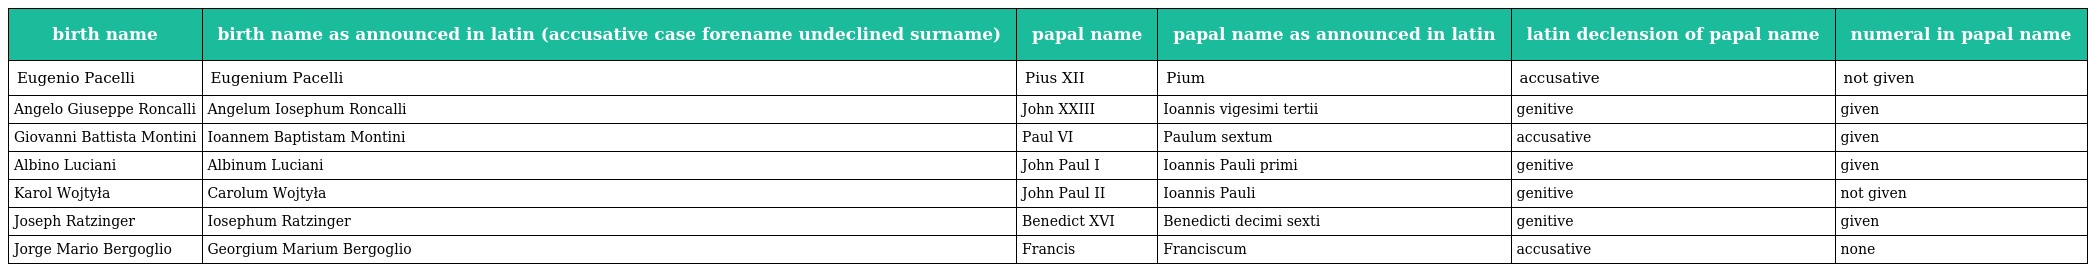
| birth name | birth name as announced in latin (accusative case forename undeclined surname) | papal name | papal name as announced in latin | latin declension of papal name | numeral in papal name |
 | --- | --- | --- | --- | --- | --- |
 | Eugenio Pacelli | Eugenium Pacelli | Pius XII | Pium | accusative | not given |
 | Angelo Giuseppe Roncalli | Angelum Iosephum Roncalli | John XXIII | Ioannis vigesimi tertii | genitive | given |
 | Giovanni Battista Montini | Ioannem Baptistam Montini | Paul VI | Paulum sextum | accusative | given |
 | Albino Luciani | Albinum Luciani | John Paul I | Ioannis Pauli primi | genitive | given |
 | Karol Wojtyła | Carolum Wojtyła | John Paul II | Ioannis Pauli | genitive | not given |
 | Joseph Ratzinger | Iosephum Ratzinger | Benedict XVI | Benedicti decimi sexti | genitive | given |
 | Jorge Mario Bergoglio | Georgium Marium Bergoglio | Francis | Franciscum | accusative | none |